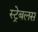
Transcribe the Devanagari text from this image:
स्ट्रेबलस